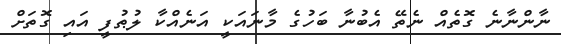
ނާންނާނެ ގޮތެއް ނެތޭ އެބުނާ ބަހުގެ މާނައަކީ އަނެއްކާ ލުޠުފީ އައި ގޮތަށް